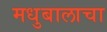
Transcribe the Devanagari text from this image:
मधुबालाचा